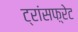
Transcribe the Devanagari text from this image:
ट्रांसफ़्रेट